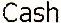
CASH